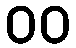
၀၀